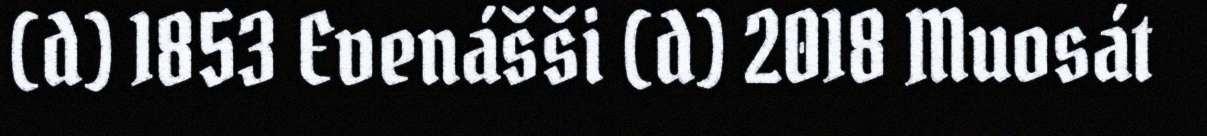
(d) 1853 Evenášši (d) 2018 Muosát